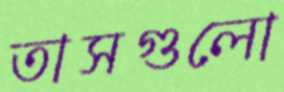
তাসগুলো